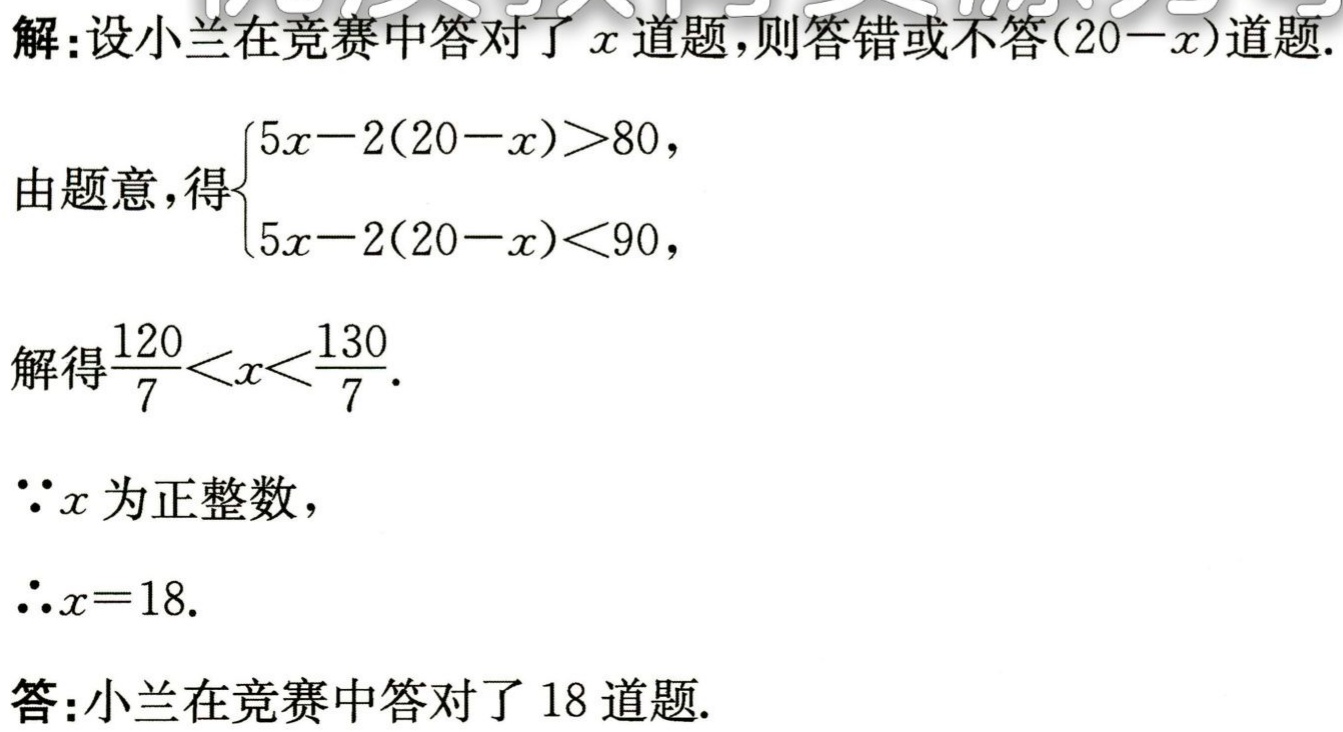
解：设小兰在竞赛中答对了\(x\)道题，则答错或不答\((20 - x)\)道题.
由题意，得\(\begin{cases}5x - 2(20 - x)>80,\\5x - 2(20 - x)<90,\end{cases}\)
解得\(\frac{120}{7}<x<\frac{130}{7}\).
\(\because x\)为正整数，
\(\therefore x = 18\).
答：小兰在竞赛中答对了\(18\)道题.